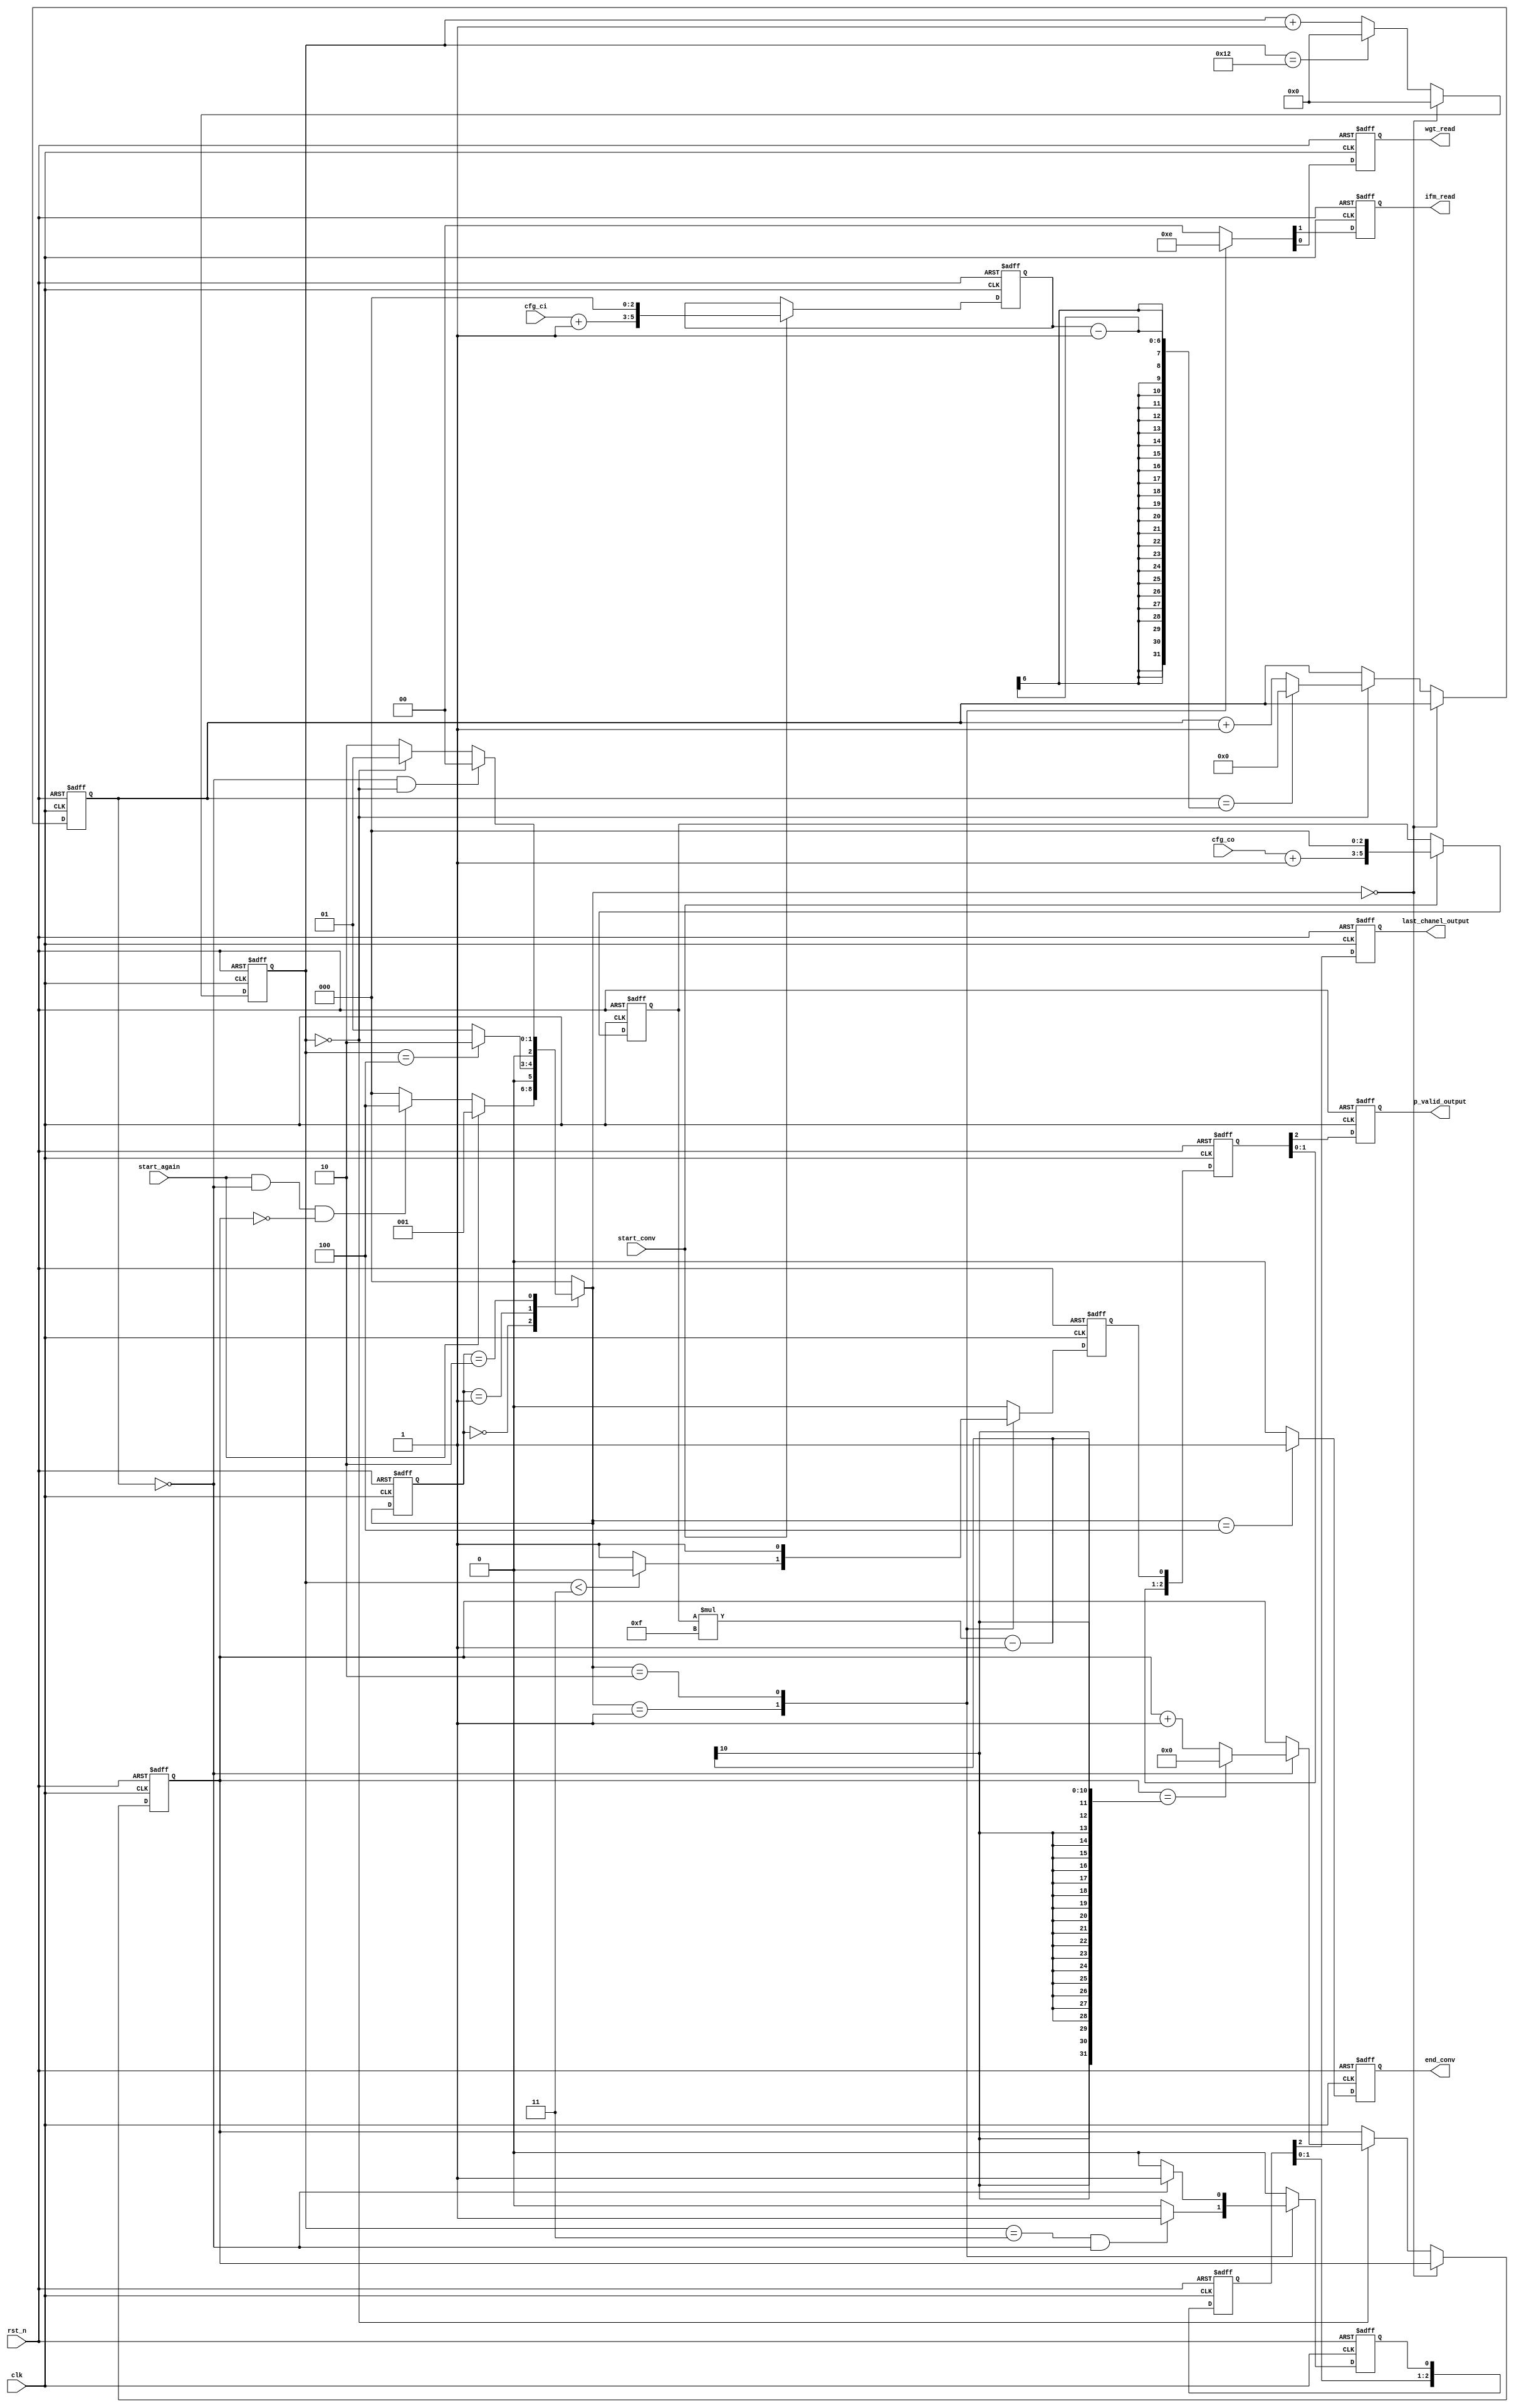
// This program was cloned from: https://github.com/lirui-shanghaitech/CNN-Accelerator-VLSI
// License: Apache License 2.0

module PE_FSM (clk, rst_n, start_conv, start_again, cfg_ci, cfg_co, 
            ifm_read, wgt_read, p_valid_output, last_chanel_output, end_conv
);

input clk;
input rst_n;
input start_conv;
input start_again;
input [1:0] cfg_ci;
input [1:0] cfg_co;
output ifm_read;
output wgt_read;
output p_valid_output;
output last_chanel_output;
output end_conv;


reg [5:0] ci;
reg [5:0] co;

reg [5:0] cnt1;
reg [8:0] cnt2;
reg [4:0] cnt3;


reg [2:0] current_state;
reg [2:0] next_state;

reg ifm_read;
reg wgt_read;
reg p_valid;
reg last_chanel;
reg end_conv;

parameter [2:0]
    IDLE = 3'b000,
    S1 = 3'b001,
    S2 = 3'b010,
    FINISH = 3'b100; 

parameter[6:0] tile_length =  16;

always @ (posedge clk or negedge rst_n)
    if(!rst_n)
        current_state <= IDLE;
    else
        current_state <= next_state; 

always @(posedge clk or negedge rst_n) begin
    if (!rst_n) begin
        ci <= 0;
        co <= 0;
    end else if(start_conv) begin
        ci <= ((cfg_ci + 6'b000001) << 3);
        co <= ((cfg_co + 6'b000001) << 3);
    end
end

always @ (current_state or start_conv or start_again or cnt1 or cnt2) 
begin
    next_state = 3'bx; 
    case(current_state)
        IDLE: 
            if(start_again)
                next_state = S1;
            else if(start_again && cnt2 == 0 && cnt3 == 0)
                next_state = FINISH;
            else
                next_state = IDLE;
        S1: 
            next_state = (cnt1 == 4) ? S2 : S1;
        S2:
            if(cnt2 == 0 && cnt1 == 0)
                next_state = IDLE;
            else if(cnt1 == 0)
                next_state = S1;
            // else if(cnt1 == 0)
            //     next_state = S1;
            else 
                next_state = S2;
        default:
            next_state = IDLE;
    endcase
end

always @ (posedge clk or negedge rst_n)
    if(!rst_n)
        {ifm_read, wgt_read, p_valid, last_chanel, end_conv} <= 5'b00000;
    else
        begin
            {ifm_read, wgt_read, p_valid, last_chanel, end_conv} <= 5'b00000;
            case(next_state)
                IDLE:
                    {ifm_read, wgt_read, p_valid, last_chanel, end_conv} <= 5'b00000;
                S1: 
                begin
                    {ifm_read, wgt_read, end_conv} <= 3'b110;
                    p_valid <= (cnt1 < 3) ? 0 : 1; 
                    last_chanel <= (cnt1 == 3 && cnt2 == 0) ? 1 : 0; 
                end
                S2:
                    begin
                        {ifm_read, wgt_read, p_valid, end_conv} <= 4'b1010; 
                        last_chanel <= (cnt2 == 0) ? 1 : 0;               
                    end
                FINISH:
                    {ifm_read, wgt_read, p_valid, last_chanel, end_conv} <= 5'b00001;           
                default:
                    {ifm_read, wgt_read, p_valid, last_chanel, end_conv} <= 5'b00000;
            endcase
        end



always @ (posedge clk or negedge rst_n)
    if(!rst_n)
        begin
            cnt1 <= 0;
            cnt2 <= 0;
            cnt3 <= 0;
        end
    else
        begin
            if(next_state == IDLE)
                cnt1 <= 0;
            else
                begin
                    if (cnt1 == tile_length + 2)
                        cnt1 <= 0;
                    else      
                        cnt1 <= cnt1 + 1;
                    if(cnt1 == 0)
                    begin                     
                        if(cnt2 == ci-1)
                            cnt2 <= 0;
                        else
                            cnt2 <= cnt2 + 1;
                        if(cnt2 == 0)
                            if(cnt3 == co*15-1)
                                cnt3 <= 0;
                            else
                                cnt3 <= cnt3 + 1;
                        else 
                            cnt3 <= cnt3;
                    end
                    else
                        cnt2 <= cnt2;
                end
        end

reg [2:0] p_valid_i;
reg [2:0] last_chanel_i;
reg p_valid_output;
reg last_chanel_output;
always @(posedge clk or negedge rst_n)
    if (!rst_n) begin
        p_valid_output     <= 0;
        p_valid_i[2]       <= 0;
        p_valid_i[1]       <= 0;
        p_valid_i[0]       <= 0;
        last_chanel_output <= 0; 
        last_chanel_i[2]   <= 0;
        last_chanel_i[1]   <= 0;
        last_chanel_i[0]   <= 0;
    end else begin
        p_valid_output     <= p_valid_i[2];
        p_valid_i[2]       <= p_valid_i[1];
        p_valid_i[1]       <= p_valid_i[0];
        p_valid_i[0]       <= p_valid;
        last_chanel_output <= last_chanel_i[2]; 
        last_chanel_i[2]   <= last_chanel_i[1];
        last_chanel_i[1]   <= last_chanel_i[0];
        last_chanel_i[0]   <= last_chanel;
    end


endmodule //PE